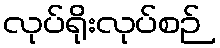
လုပ်ရိုးလုပ်စဉ်